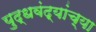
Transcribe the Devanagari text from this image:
युद्धवंद्यांच्या